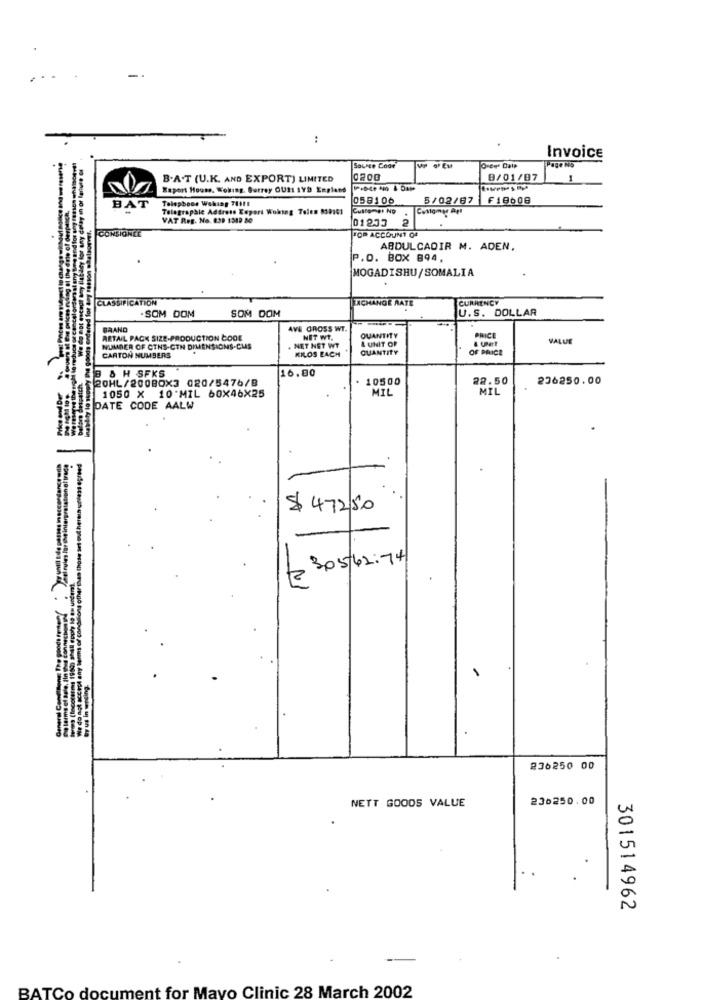
:
Page No
Invoice
Source Coor
B.A.T (U.K. AND EXPORT) LIMITED
0200
9/01/87
1
Raport Hours. Woking. Surrey OU21 LYD England
Telephone Woking 7H11
058106
5/02/67
F19608
BAT
Telegraphic Address Report Woking Telen 819101
VAT Reg. No. 839 1319 80
01233
CONSIGNEE
FOR ACCOUNT OF
ABDULCADIR M. ADEN.
P.O. BOX 894,
MOGADISHU/SOMALIA
CLASSIFICATION
TCHANGE RATE
CURRENCY
U.S. DOLLAR
-SOM DOM
SOM DOM
BRAND
AVE GROSS WT.
RETAIL PACK SIZE-PRODUCTION COOL
NET WT.
& UNIT OF
QUANTITY
PRICE
VALUE
NUMBER OF CTNS-CTN DIMENSIONS.CUS
. NET NET WT
KILOS EACH
QUANTITY
OF PRICE
CARTON NUMBERS
3 & H SFKS
16.00
20HL/200BOX3 020/5476/B
10500
22.50
236250.00
1050 X 10*MIL 60X46X25
MIL
MIL
DATE CODE AALW
$ 47250
3,05/62.74
236250 00
NETT GOODS VALUE
236250.00
301514962
BATCo document for Mayo Clinic 28 March 2002